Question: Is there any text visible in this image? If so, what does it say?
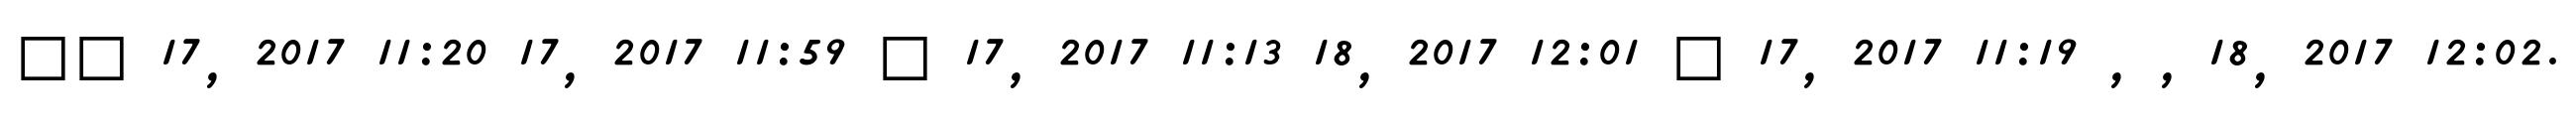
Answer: ?? 17, 2017 11:20 17, 2017 11:59 ? 17, 2017 11:13 18, 2017 12:01 ? 17, 2017 11:19 , , 18, 2017 12:02.